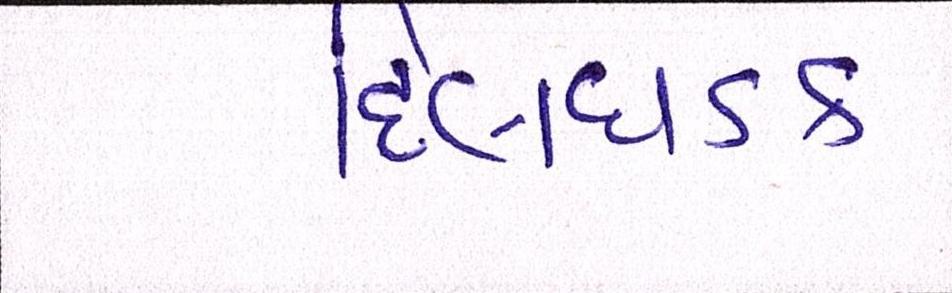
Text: દિલધડક